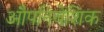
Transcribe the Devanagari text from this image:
औपनिवेशिक